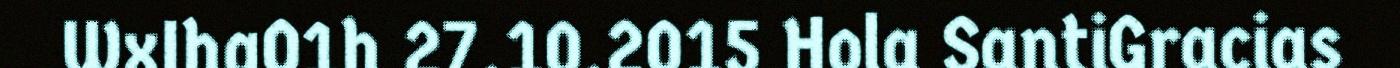
WxIhaO1h 27.10.2015 Hola SantiGracias